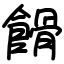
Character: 餶